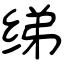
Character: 绨